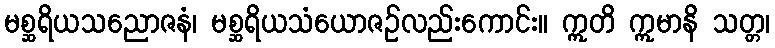
မစ္ဆရိယသညောဇနံ၊ မစ္ဆရိယသံယောဇဉ်လည်းကောင်း။ ဣတိ ဣမာနိ သတ္တ၊